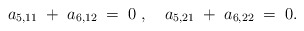
\begin{align*}a_{5,11} \;+\;a_{6,12}\;=\;0\;,\quad a_{5,21}\;+\;a_{6,22}\;=\;0 .\end{align*}